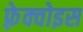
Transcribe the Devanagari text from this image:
फ़्रेक्वोइस